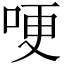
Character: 哽